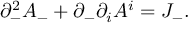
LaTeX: \partial _ { - } ^ { 2 } A _ { - } + \partial _ { - } \partial _ { i } A ^ { i } = J _ { - } .